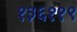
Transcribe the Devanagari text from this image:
१३६११९